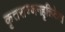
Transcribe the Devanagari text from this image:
कृतसज्जनहृन्निकेत